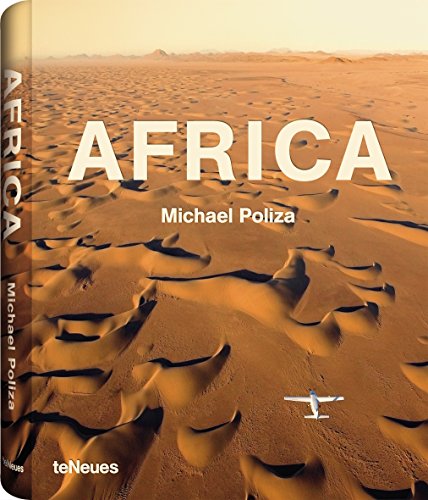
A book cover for Africa; Arts & Photography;